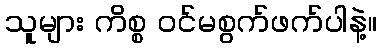
သူများ ကိစ္စ ဝင်မစွက်ဖက်ပါနဲ့။